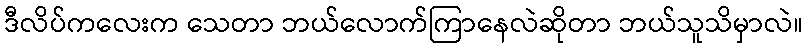
ဒီလိပ်ကလေးက သေတာ ဘယ်လောက်ကြာနေလဲဆိုတာ ဘယ်သူသိမှာလဲ။